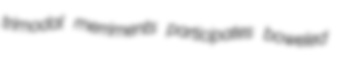
trimodal merriments participates boweled